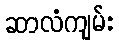
ဆာလံကျမ်း